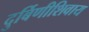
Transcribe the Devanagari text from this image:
दुर्बिणीशिवाय